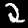
Digit: 2